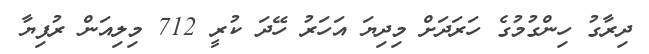
ދިރާގު ހިންގުމުގެ ހަރަދަށް މިދިޔަ އަހަރު ހޭދަ ކުރީ 712 މިލިއަން ރުފިޔާ